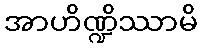
အာဟိဏ္ဍိဿာမိ